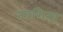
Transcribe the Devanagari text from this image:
नवशिख